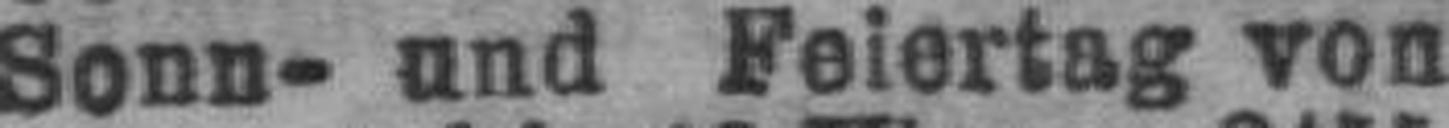
Sonn- und Feiertag von